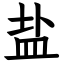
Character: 盐